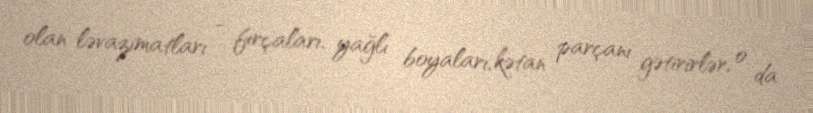
olan ləvazimatları - fırçaları, yağlı boyaları, kətan parçanı gətirirlər, o da